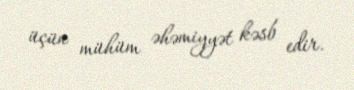
üçün mühüm əhəmiyyət kəsb edir.